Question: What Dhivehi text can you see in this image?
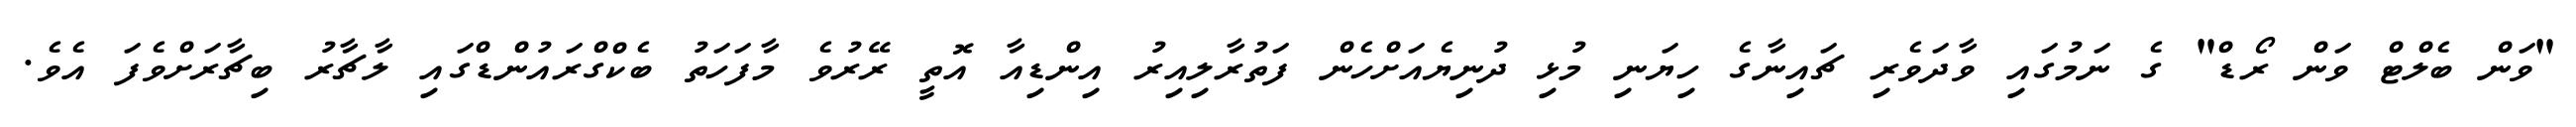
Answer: "ވަން ބެލްޓް ވަން ރޯޑް" ގެ ނަމުގައި ވާދަވެރި ޗައިނާގެ ހިޔަނި މުޅި ދުނިޔެއަށްހެން ފަތުރާލިއިރު އިންޑިއާ އޮތީ ރޭރުވެ މާފަހަތު ބެކްގްރައުންޑްގައި ލާޗާރު ބިޗާރަށްވެފަ އެވެ.